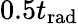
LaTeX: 0.5t_{\mathrm{rad}}